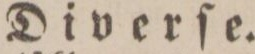
Diverſe.